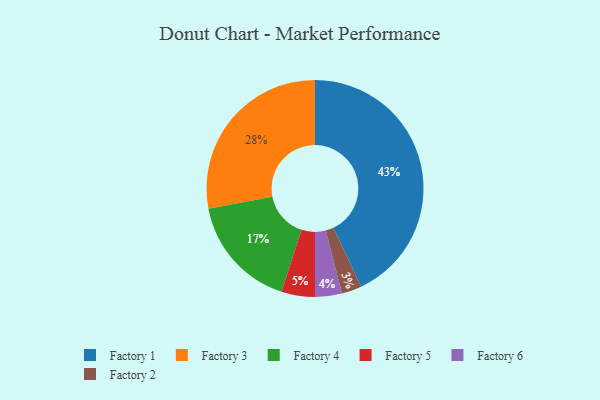
{"axis": {"x": "Category", "y": "Percentage"}, "legend": ["Factory 1", "Factory 2", "Factory 3", "Factory 4", "Factory 5", "Factory 6"], "data": [{"x": "Factory 2", "y": 3, "type": "Factory 2"}, {"x": "Factory 1", "y": 43, "type": "Factory 1"}, {"x": "Factory 5", "y": 5, "type": "Factory 5"}, {"x": "Factory 3", "y": 28, "type": "Factory 3"}, {"x": "Factory 4", "y": 17, "type": "Factory 4"}, {"x": "Factory 6", "y": 4, "type": "Factory 6"}]}